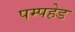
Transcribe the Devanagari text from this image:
पम्पहेड